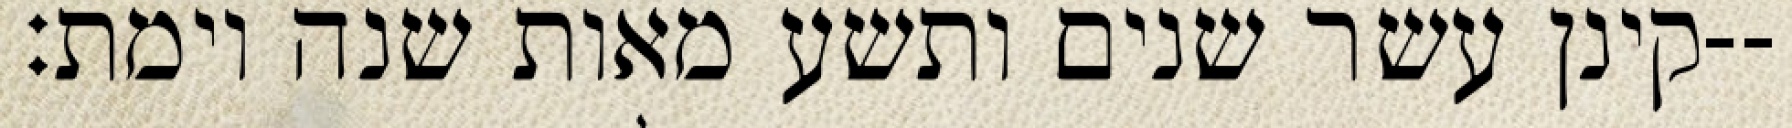
קינן עשר שנים ותשע מאות שנה וימת׃--